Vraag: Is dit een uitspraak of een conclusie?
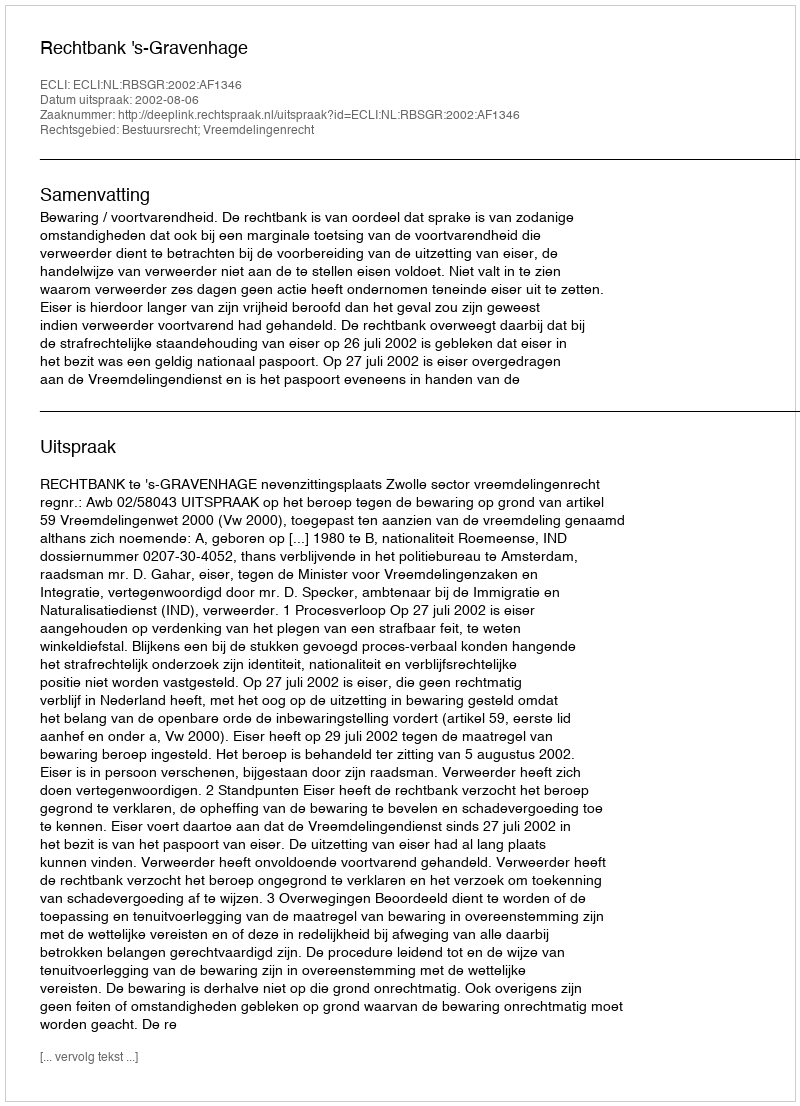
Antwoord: Uitspraak